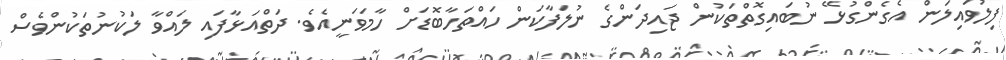
ފިލުވައިލަން އެގެންގުޅޭ ނުބައިގޮތްތަކުން ޖައިދަންގެ ނުލަފާކަން ހައްތަހާބޮޑަށް ހާމަވަނީއެވެ. ދަތްއަޅާފައި ލައްވާ ލަކުނުތަކުންވެސް